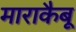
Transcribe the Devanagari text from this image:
माराकैबू